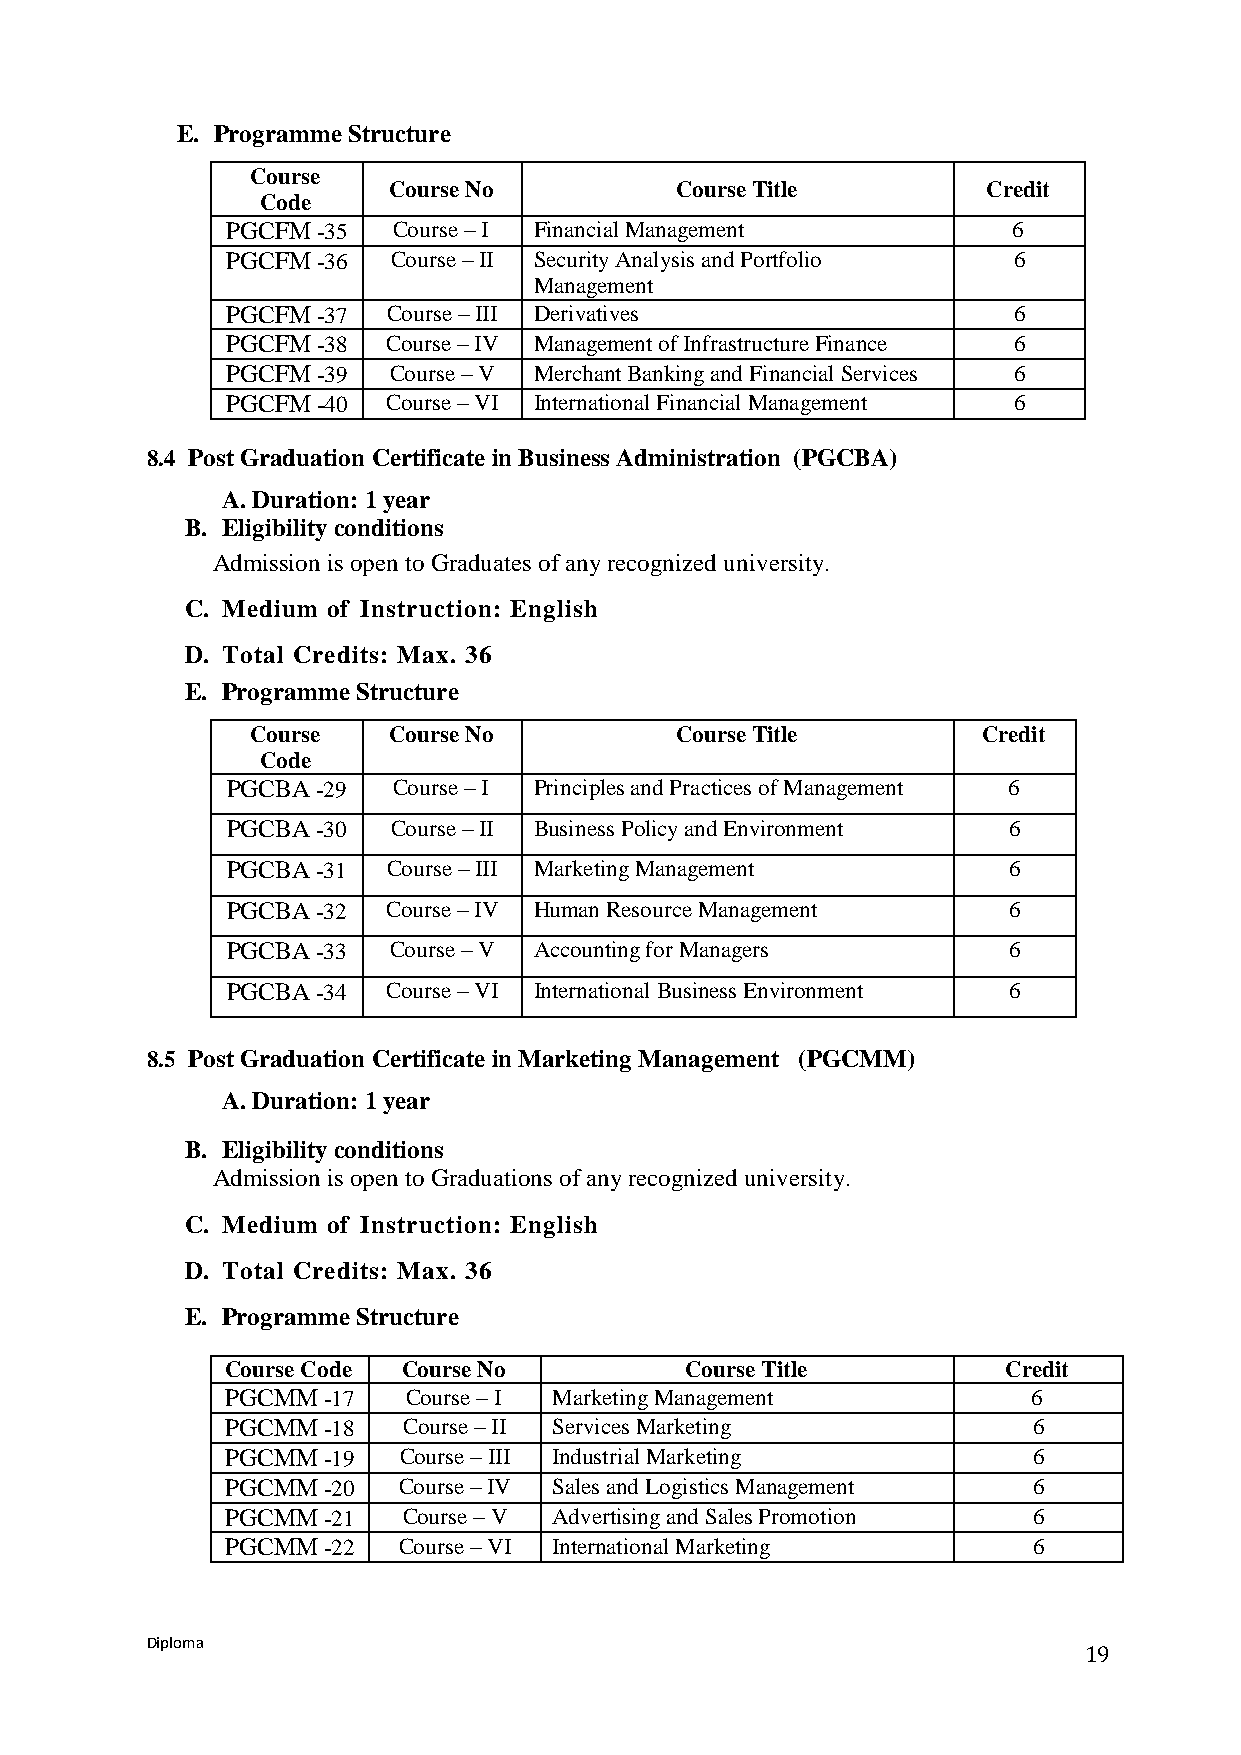
E. Programme Structure
 Course
 Course No          Course Title        Credit
 Code
 PGCFM -35  Course – I Financial Management          6
 PGCFM -36  Course – II Security Analysis and Portfolio 6
 Management
 PGCFM -37  Course – III Derivatives                 6
 PGCFM -38  Course – IV Management of Infrastructure Finance 6            Literary Criticism
 PGCFM -39  Course – V Merchant Banking and Financial Services 6
 PGCFM -40  Course – VI International Financial Management 6
 8.4 Post Graduation Certificate in Business Administration (PGCBA)
 A. Duration: 1 year
 B. Eligibility conditions
 Admission is open to Graduates of any recognized university.
 C. Medium of Instruction: English
 D. Total Credits: Max. 36
 E. Programme Structure
 Course   Course No          Course Title        Credit
 Code
 PGCBA -29  Course – I Principles and Practices of Management 6
 PGCBA -30  Course – II Business Policy and Environment 6
 PGCBA -31  Course – III Marketing Management        6
 PGCBA -32  Course – IV Human Resource Management    6
 PGCBA -33  Course – V Accounting for Managers       6
 PGCBA -34  Course – VI International Business Environment 6
 8.5 Post Graduation Certificate in Marketing Management (PGCMM)
 A. Duration: 1 year
 B. Eligibility conditions
 Admission is open to Graduations of any recognized university.
 C. Medium of Instruction: English
 D. Total Credits: Max. 36
 E. Programme Structure
 Course Code Course No         Course Title          Credit
 PGCMM -17   Course – I Marketing Management          6
 PGCMM -18   Course – II Services Marketing           6
 PGCMM -19  Course – III Industrial Marketing         6
 PGCMM -20  Course – IV Sales and Logistics Management L6 iterary Criticism
 PGCMM -21   Course – V Advertising and Sales Promotion 6
 PGCMM -22  Course – VI International Marketing       6
 Diploma
 19